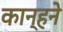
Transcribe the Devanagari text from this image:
कान्हने